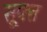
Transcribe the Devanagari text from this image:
सूक्‍त